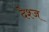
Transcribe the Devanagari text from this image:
देश्ज